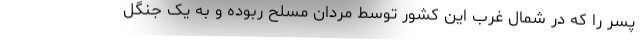
پسر را که در شمال غرب این کشور توسط مردان مسلح ربوده و به یک جنگل